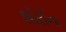
શોરીના